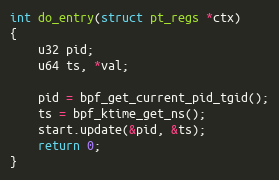
Language: C
int do_entry(struct pt_regs *ctx)
{
	u32 pid;
	u64 ts, *val;

	pid = bpf_get_current_pid_tgid();
	ts = bpf_ktime_get_ns();
	start.update(&pid, &ts);
	return 0;
}